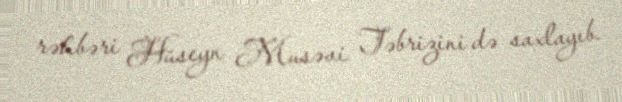
rəhbəri Hüseyn Musəvi Təbrizini də saxlayıb.